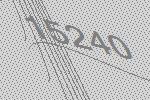
15240